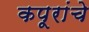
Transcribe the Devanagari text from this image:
कपूरांचे